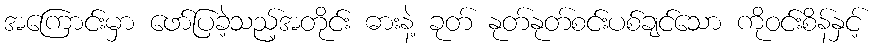
အကြောင်းမှာ ဖော်ပြခဲ့သည့်အတိုင်း ဓားနဲ့ ခုတ် နုတ်နုတ်စင်းပစ်ချင်သော ကိုဝင်းစိန်နှင့်